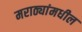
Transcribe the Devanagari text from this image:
मराठ्यांमधील